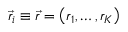
{ \vec { r } } _ { i } \equiv \vec { r } = \left( r _ { 1 } , \ldots , r _ { K } \right)